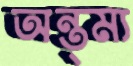
অন্ত্ম্য